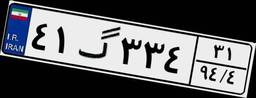
۶۵گ۹۰۵۸۷